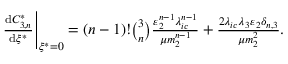
\begin{array} { r } { \left. { \frac { \operatorname { d } \! C _ { 3 , n } ^ { * } } { \operatorname { d } \! \xi ^ { * } } } \right| _ { \xi ^ { * } = 0 } = ( n - 1 ) ! { \binom { 3 } { n } } \frac { \varepsilon _ { 2 } ^ { n - 1 } \lambda _ { i c } ^ { n - 1 } } { \mu m _ { 2 } ^ { n - 1 } } + \frac { 2 \lambda _ { i c } \lambda _ { 3 } \varepsilon _ { 2 } \delta _ { n , 3 } } { \mu m _ { 2 } ^ { 2 } } . } \end{array}